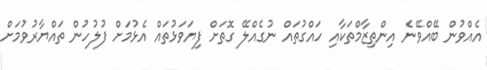
އެއްވުން ބޭއްވޭނެ އިންތިޒާމްތަކާއި ހައްގުތައް ނުގެއްލޭ ގޮތަށް ފިޔަވަޅުތައް އެޅުމަށް ފުލުހުން ތައްޔާރުވުމަށް